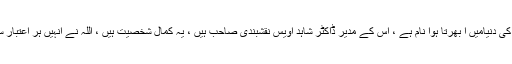
آس اکیڈمی مدارس کی دنیامیں ا بھرتا ہوا نام ہے ، اس کے مدیر ڈاکٹر شاہد اویس نقشبندی صاحب ہیں ، یہ کمال شخصیت ہیں ، اللہ نے انہیں ہر اعتبار سے خوب نوازا ہے۔